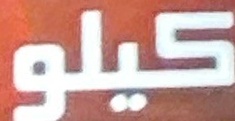
كيلو